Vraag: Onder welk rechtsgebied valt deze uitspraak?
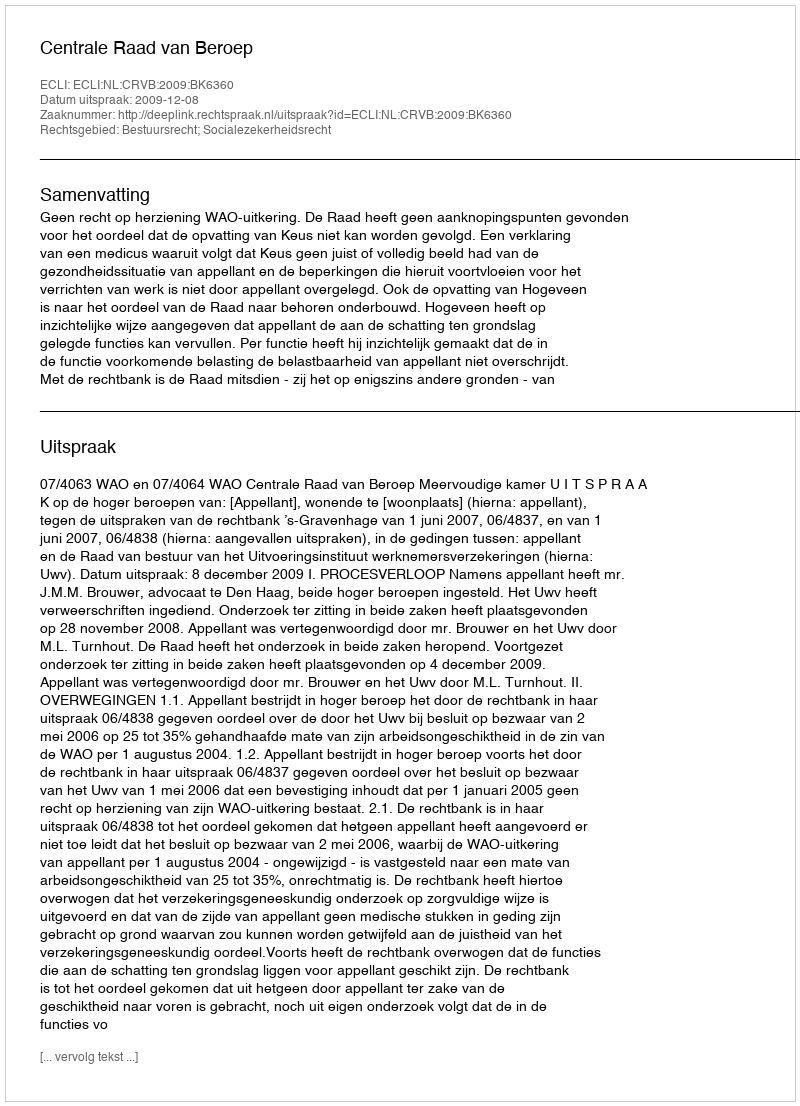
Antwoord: Bestuursrecht; Socialezekerheidsrecht